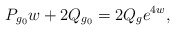
\begin{align*}P_{g_0}w+2Q_{g_0}=2Q_g e^{4w},\end{align*}